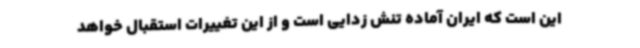
این است که ایران آماده تنش زدایی است و از این تغییرات استقبال خواهد